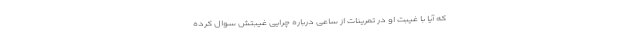
که آیا با غیبت او در تمرینات از ساعی درباره چرایی غیبتش سوال کرده